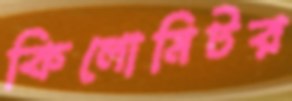
কিলোমিটর